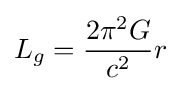
L_{g}={\frac {2\pi ^{2}G}{c^{2}}}r